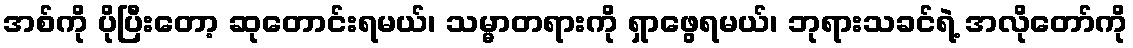
အစ်ကို ပိုပြီးတော့ ဆုတောင်းရမယ်၊ သမ္မာတရားကို ရှာဖွေရမယ်၊ ဘုရားသခင်ရဲ့ အလိုတော်ကို